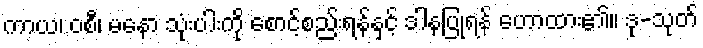
ကာယ၊ ဝစီ၊ မနော သုံးပါးကို စောင့်စည်းရန်နှင့် ဒါနပြုရန် ဟောထား၏။ ဒု-သုတ်